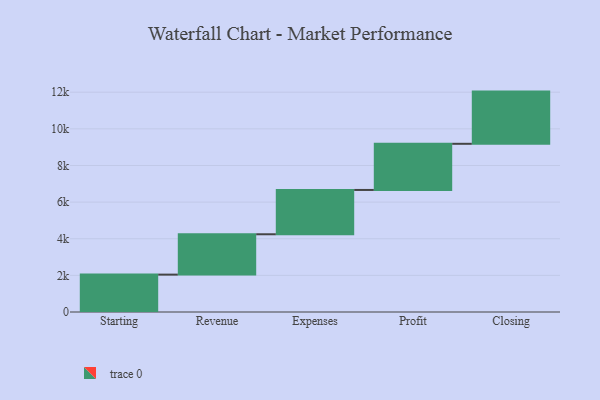
{"axis": {"x": "Step", "y": "Value"}, "legend": [""], "data": [{"x": "Starting", "y": 2041.0, "type": ""}, {"x": "Revenue", "y": 2203.0, "type": ""}, {"x": "Expenses", "y": 2419.0, "type": ""}, {"x": "Profit", "y": 2520.0, "type": ""}, {"x": "Closing", "y": 2850.0, "type": ""}]}